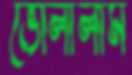
ভোলালাম